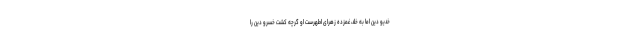
خدیو دین امّا به خُلد، غمزده زهراى اطهرست او گرچه کشت خسرو دین را